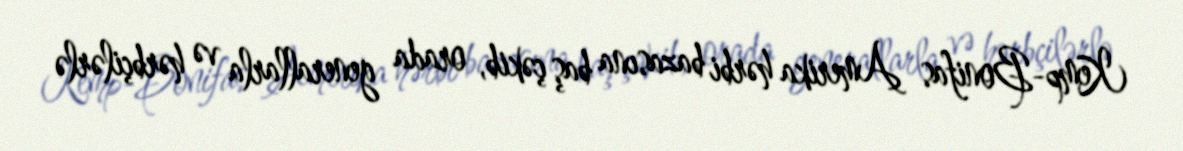
Kemp-Bonifas Amerika hərbi bazasına baş çəkib, orada generallarla və hərbçilərlə